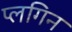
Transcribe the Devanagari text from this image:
प्लगिन